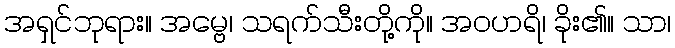
အရှင်ဘုရား။ အမ္ဗေ၊ သရက်သီးတို့ကို။ အဝဟရိ၊ ခိုး၏။ သာ၊